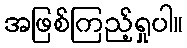
အဖြစ်ကြည့်ရှုပါ။